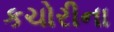
કચોરીના